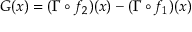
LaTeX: G ( x ) = ( \Gamma \circ f _ { 2 } ) ( x ) - ( \Gamma \circ f _ { 1 } ) ( x )